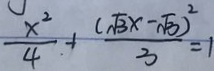
\frac { x ^ { 2 } } { 4 } + \frac { ( \sqrt { 3 } x - \sqrt { 3 } ) ^ { 2 } } { 3 } = 1